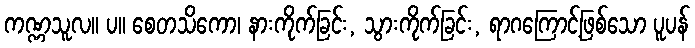
ကဏ္ဏသူလ။ ပ။ စေတသိကော၊ နားကိုက်ခြင်း, သွားကိုက်ခြင်း, ရာဂကြောင့်ဖြစ်သော ပူပန်